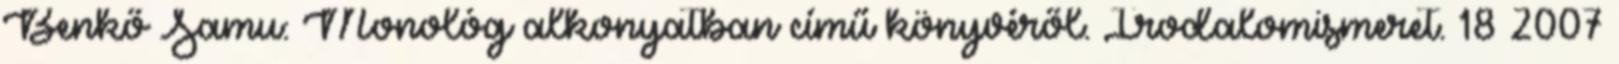
Benkő Samu: Monológ alkonyatban című könyvéről. Irodalomismeret. 18 2007